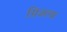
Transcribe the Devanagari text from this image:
ग्रिजल्वा